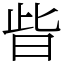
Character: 㫮